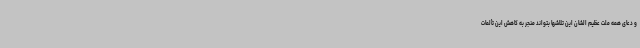
و دعای همه ملت عظیم الشان این تلاشها بتواند منجر به کاهش این تألمات